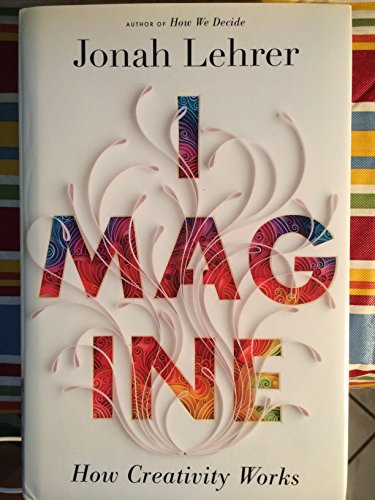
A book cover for Imagine: How Creativity Works; Jonah Lehrer; Health, Fitness & Dieting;